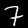
Digit: 7